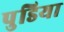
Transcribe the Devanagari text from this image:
पुडिया